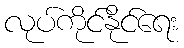
လုပ်ကိုင်နိုင်ရေး